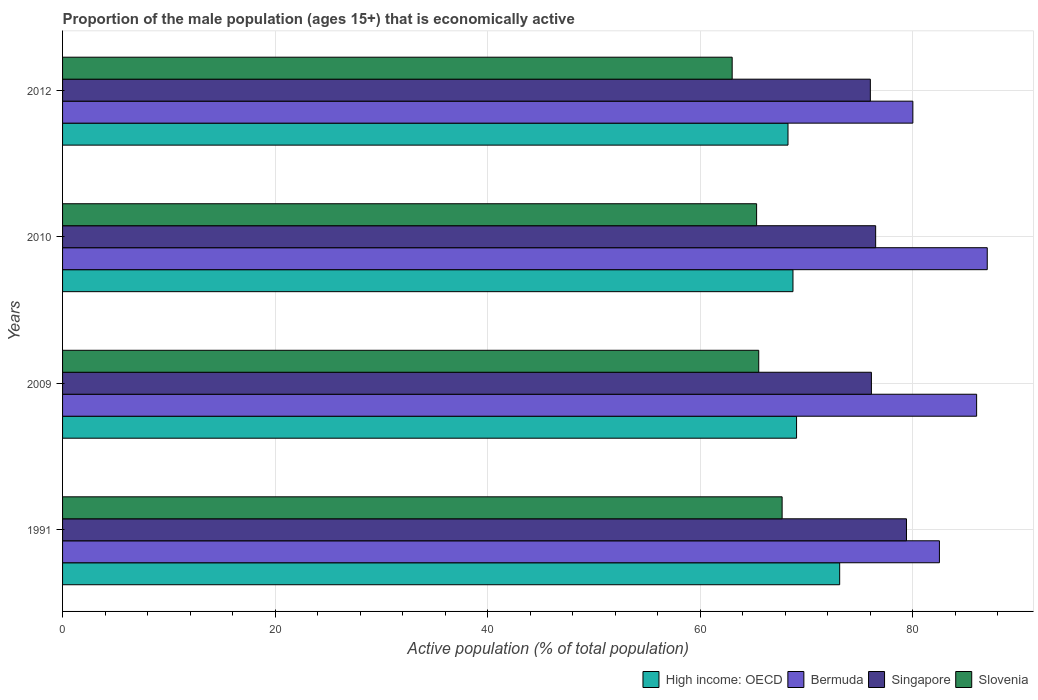
| Years | High income: OECD | Bermuda | Singapore | Slovenia |
 | --- | --- | --- | --- | --- |
 | 1991 | 73.1 | 82.5 | 79.4 | 67.7 |
 | 2009 | 69.1 | 86 | 76.1 | 65.5 |
 | 2010 | 68.7 | 87 | 76.5 | 65.3 |
 | 2012 | 68.3 | 80 | 76 | 63 |